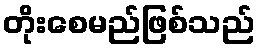
တိုးစေမည်ဖြစ်သည်